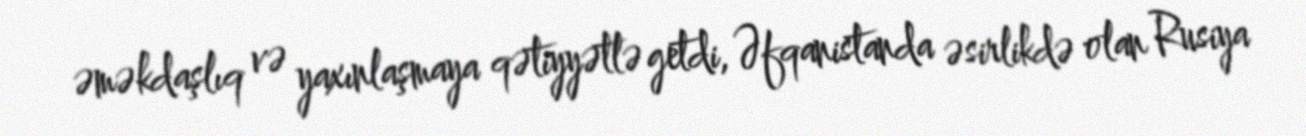
əməkdaşlıq və yaxınlaşmaya qətiyyətlə getdi, Əfqanistanda əsirlikdə olan Rusiya